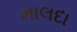
માલદા